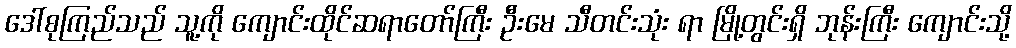
ဒေါ်စုကြည်သည် သူ့ကို ကျောင်းထိုင်ဆရာတော်ကြီး ဦးမေ သီတင်းသုံး ရာ မြို့တွင်းရှိ ဘုန်းကြီး ကျောင်းသို့